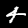
Digit: 4